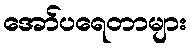
အော်ပရေတာများ